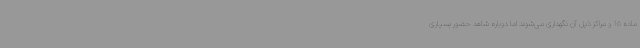
ماده 16 و مراکز ذیل آن نگهداری می‌شوند اما دوباره شاهد حضور بسیاری